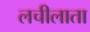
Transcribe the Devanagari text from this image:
लचीलाता